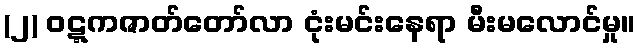
(၂) ဝဋ္ဋကဇာတ်တော်လာ ငုံးမင်းနေရာ မီးမလောင်မှု။